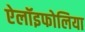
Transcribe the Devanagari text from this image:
ऐलॉइफोलिया